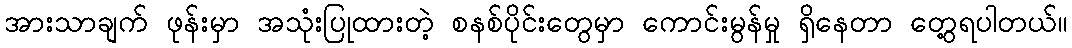
အားသာချက် ဖုန်းမှာ အသုံးပြုထားတဲ့ စနစ်ပိုင်းတွေမှာ ကောင်းမွန်မှု ရှိနေတာ တွေ့ရပါတယ်။